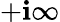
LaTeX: +\mathbf{i}\infty